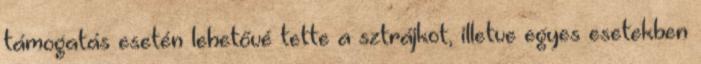
támogatás esetén lehetővé tette a sztrájkot, illetve egyes esetekben